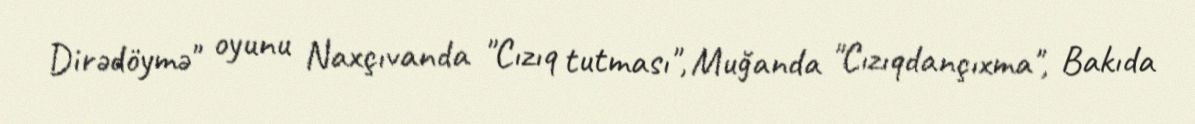
Dirədöymə" oyunu Naxçıvanda "Cızıq tutması", Muğanda "Cızıqdançıxma", Bakıda